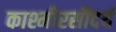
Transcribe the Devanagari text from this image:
काश्मीरसौंदर्य